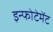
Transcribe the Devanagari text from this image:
इन्फोटेमेंट